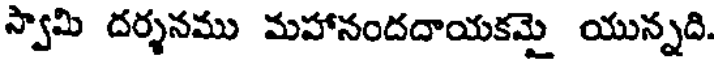
స్వామి దర్శనము మహానందదాయకమై యున్నది.